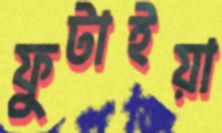
ফুটাইয়া